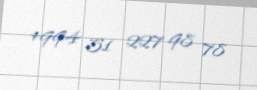
+994 51 227 98 78